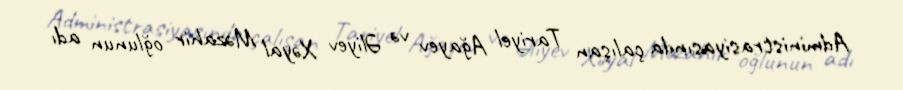
Administrasiyasında çalışan Tariyel Ağayev və Əliyev Xəyal Məzahir oğlunun adı